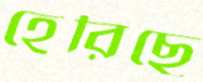
হেরিছে